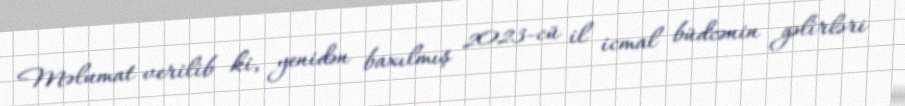
Məlumat verilib ki, yenidən baxılmış 2023-cü il icmal büdcənin gəlirləri